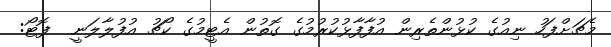
މެޗަށްފަހު ނިއުގެ ކުޅުންތެރިން އުފާފާޅުކުރުމުގެ ގޮތުން އެޓީމުގެ ކޯޗު އުފުލާލަނީ  ފޮޓޯ: